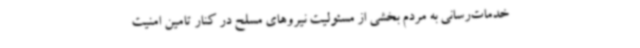
خدمات‌رسانی به مردم بخشی از مسئولیت نیروهای مسلح در کنار تامین امنیت